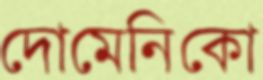
দোমেনিকো